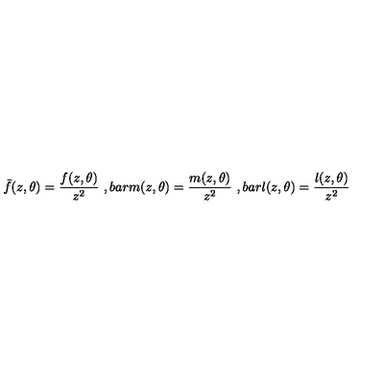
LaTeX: \bar { f } ( z , \theta ) = \frac { f ( z , \theta ) } { z ^ { 2 } } \ , b a r { m } ( z , \theta ) = \frac { m ( z , \theta ) } { z ^ { 2 } } \ , b a r { l } ( z , \theta ) = \frac { l ( z , \theta ) } { z ^ { 2 } } \,